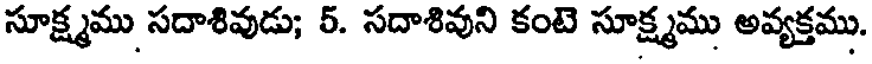
సూక్ష్మము సదాశివుడు; 5. సదాశివుని కంటె సూక్ష్మము అవ్యక్తము.